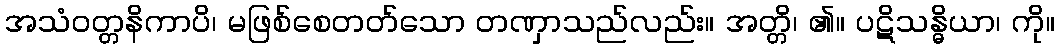
အသံဝတ္တနိကာပိ၊ မဖြစ်စေတတ်သော တဏှာသည်လည်း။ အတ္တိ၊ ၏။ ပဋိသန္ဓိယာ၊ ကို။